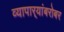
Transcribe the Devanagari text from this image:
व्यापार्‍यांबरोबर